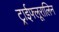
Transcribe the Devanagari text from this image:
ट्राईफ्लूरालिन